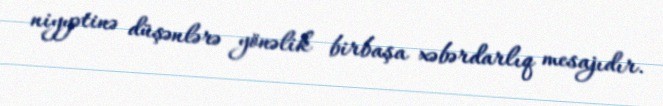
niyyətinə düşənlərə yönəlik birbaşa xəbərdarlıq mesajıdır.